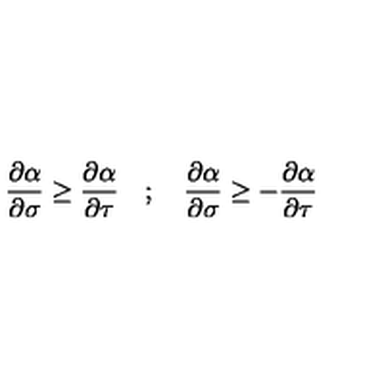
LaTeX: \frac { \partial \alpha } { \partial \sigma } \ge \frac { \partial \alpha } { \partial \tau } \quad ; \quad \frac { \partial \alpha } { \partial \sigma } \ge - \frac { \partial \alpha } { \partial \tau }